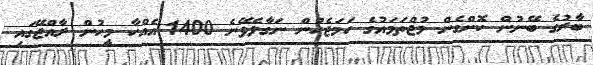
ބާރުގެ ބޭނުން ކޮށްގެން މުޖްތަމައުގެ ހަމަޖެހުން ނަގާލެވޭނެ 1400 އެއްހާ މީހުން ރާއްޖޭގައި